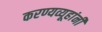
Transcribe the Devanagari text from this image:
करण्यव्यूहांनी